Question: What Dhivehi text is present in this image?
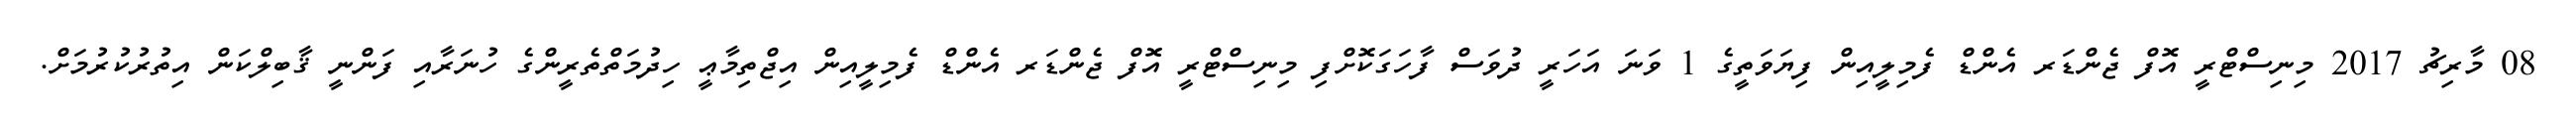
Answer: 08 މާރިޗު 2017 މިނިސްޓްރީ އޮފް ޖެންޑަރ އެންޑް ފެމިލީއިން ފިޔަވަތީގެ 1 ވަނަ އަހަރީ ދުވަސް ފާހަގަކޮށްފި މިނިސްޓްރީ އޮފް ޖެންޑަރ އެންޑް ފެމިލީއިން އިޖްތިމާޢީ ހިދުމަތްތެރީންގެ ހުނަރާއި ފަންނީ ޤާބިލްކަން އިތުރުކުރުމަށް.